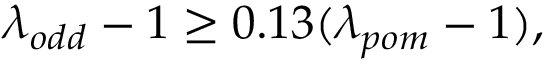
\lambda _ { o d d } - 1 \ge 0 . 1 3 ( \lambda _ { p o m } - 1 ) ,